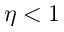
\eta < 1